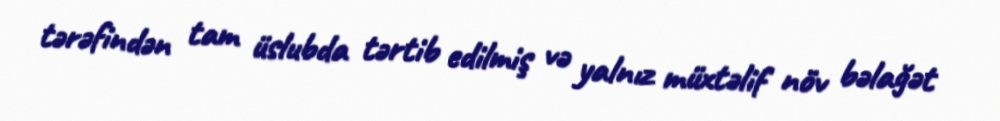
tərəfindən tam üslubda tərtib edilmiş və yalnız müxtəlif növ bəlağət